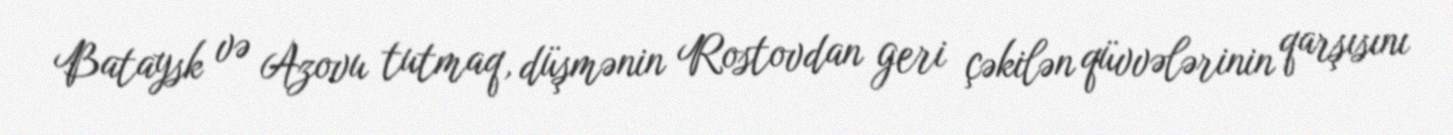
Bataysk və Azovu tutmaq, düşmənin Rostovdan geri çəkilən qüvvələrinin qarşısını